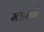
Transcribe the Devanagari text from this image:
महन्तो